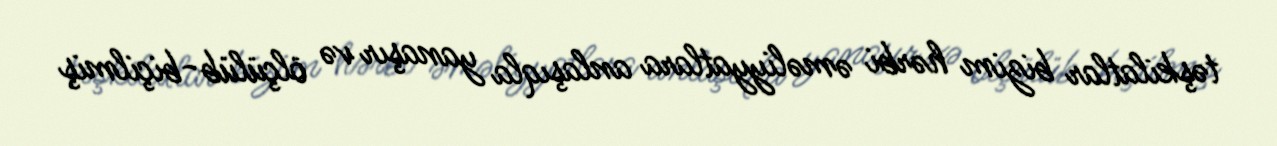
təşkilatlar bizim hərbi əməliyyatlara anlaşıqla yanaşır və ölçülüb-biçilmiş